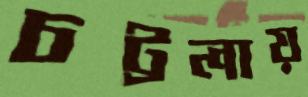
চট্টলায়